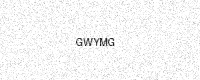
Text: GWYMG